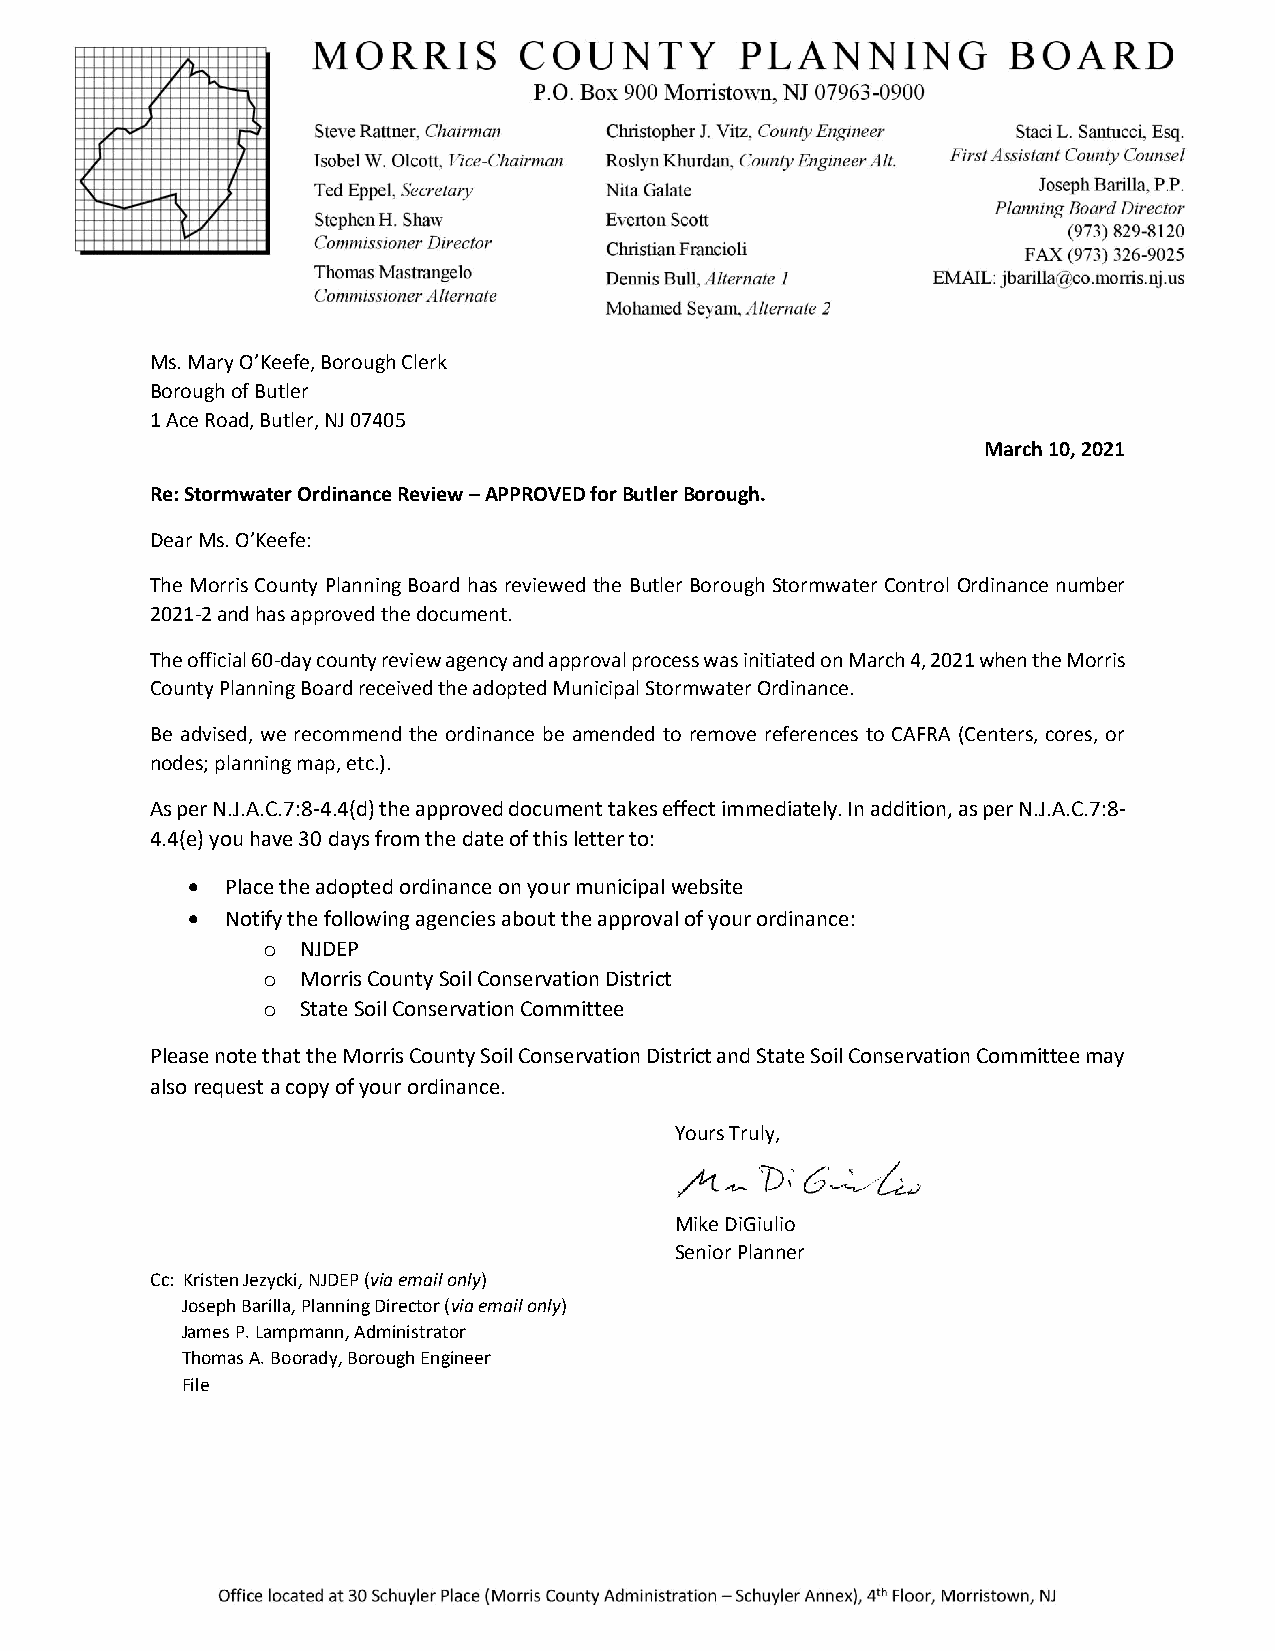
Ms. Mary O’Keefe, Borough Clerk
 Borough of Butler
 1 Ace Road, Butler, NJ 07405
 March 10, 2021
 Re: Stormwater Ordinance Review – APPROVED for Butler Borough.
 Dear Ms. O’Keefe:
 The Morris County Planning Board has reviewed the Butler Borough Stormwater Control Ordinance number
 2021-2 and has approved the document.
 The official 60-day county review agency and approval process was initiated on March 4, 2021 when the Morris
 County Planning Board received the adopted Municipal Stormwater Ordinance.
 Be advised, we recommend the ordinance be amended to remove references to CAFRA (Centers, cores, or
 nodes; planning map, etc.).
 As per N.J.A.C.7:8-4.4(d) the approved document takes effect immediately. In addition, as per N.J.A.C.7:8-
 4.4(e) you have 30 days from the date of this letter to:
 •  Place the adopted ordinance on your municipal website
 •  Notify the following agencies about the approval of your ordinance:
 o  NJDEP
 o  Morris County Soil Conservation District
 o  State Soil Conservation Committee
 Please note that the Morris County Soil Conservation District and State Soil Conservation Committee may
 also request a copy of your ordinance.
 Yours Truly,
 Mike DiGiulio
 Senior Planner
 Cc: Kristen Jezycki, NJDEP (via email only)
 Joseph Barilla, Planning Director (via email only)
 James P. Lampmann, Administrator
 Thomas A. Boorady, Borough Engineer
 File